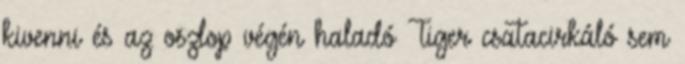
kivenni és az oszlop végén haladó Tiger csatacirkáló sem